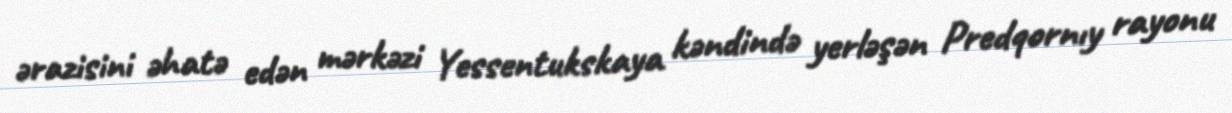
ərazisini əhatə edən mərkəzi Yessentukskaya kəndində yerləşən Predqornıy rayonu